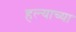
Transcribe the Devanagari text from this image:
हल्याच्या